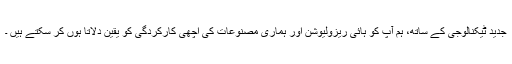
جدید ٹیکنالوجی کے ساتھ، ہم آپ کو ہائی ریزولیوشن اور ہماری مصنوعات کی اچھی کارکردگی کو یقین دلاتا ہوں کر سکتے ہیں ۔